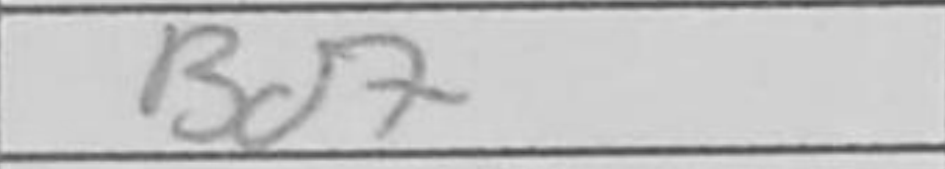
Transcription: Bd7